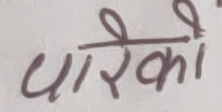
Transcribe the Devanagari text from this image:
पारेको